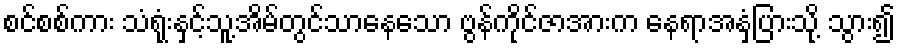
စင်စစ်ကား သံရုံးနှင့်သူ့အိမ်တွင်သာနေသော ဗွန်ကိုင်ဇာအားက နေရာအနှံ့ပြားသို့ သွား၍